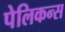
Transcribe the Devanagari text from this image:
पेलिकन्स